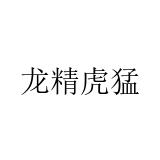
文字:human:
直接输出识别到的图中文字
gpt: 龙精虎猛